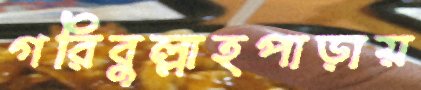
গরিবুল্লাহপাড়ায়